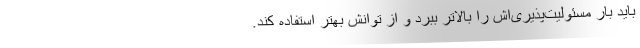
باید بار مسئولیت‌پذیری‌اش را بالاتر ببرد و از توانش بهتر استفاده کند.